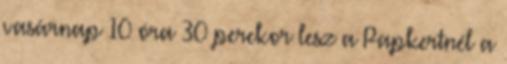
vasárnap 10 óra 30 perckor lesz a Papkertnél a